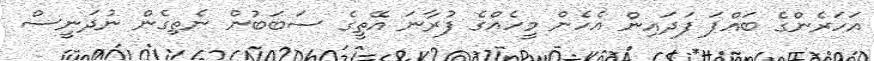
އަހަރެންގެ ބައްޕަ ފަދައިން އެހެން މީހެއްގެ ފުރާނަ އޭތީގެ ސަބަބުން ނެތިގެން ނުދަނީސް